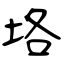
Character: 垎